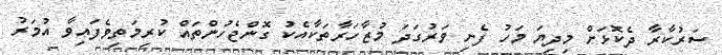
ސަރުކާރާ ދެކޮޅަށް މިދިޔަ މަހު ފެށި ވަރުގަދަ މުޒާހަރާތަކާއެެކު ގޮންޖެހުންތައް ކުރިމަތިވެފައިވާ އުމަރު